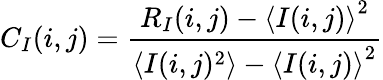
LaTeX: C_{I}(i,j)=\frac{R_{I}(i,j)-{\langle I(i,j)\rangle}^{2}}{\langle I(i,j)^{2}\rangle-{\langle I(i,j)\rangle}^{2}}